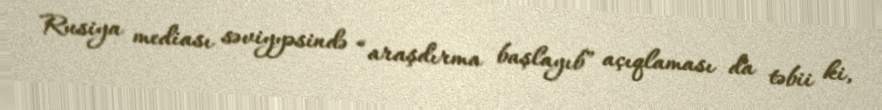
Rusiya mediası səviyyəsində “araşdırma başlayıb” açıqlaması da təbii ki,